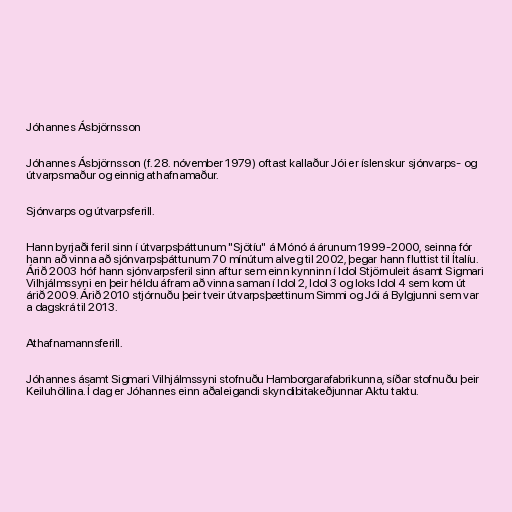
Jóhannes Ásbjörnsson

Jóhannes Ásbjörnsson (f. 28. nóvember 1979) oftast kallaður Jói er íslenskur sjónvarps- og
útvarpsmaður og einnig athafnamaður.

Sjónvarps og útvarpsferill.

Hann byrjaði feril sinn í útvarpsþáttunum "Sjötíu" á Mónó á árunum 1999-2000, seinna fór
hann að vinna að sjónvarpsþáttunum 70 mínútum alveg til 2002, þegar hann fluttist til Ítalíu.
Árið 2003 hóf hann sjónvarpsferil sinn aftur sem einn kynninn í Idol Stjörnuleit ásamt Sigmari
Vilhjálmssyni en þeir héldu áfram að vinna saman í Idol 2, Idol 3 og loks Idol 4 sem kom út
árið 2009. Árið 2010 stjórnuðu þeir tveir útvarpsþættinum Simmi og Jói á Bylgjunni sem var
a dagskrá til 2013.

Athafnamannsferill.

Jóhannes ásamt Sigmari Vilhjálmssyni stofnuðu Hamborgarafabrikunna, síðar stofnuðu þeir
Keiluhöllina. Í dag er Jóhannes einn aðaleigandi skyndibitakeðjunnar Aktu taktu.